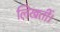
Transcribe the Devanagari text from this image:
लिखतीं।